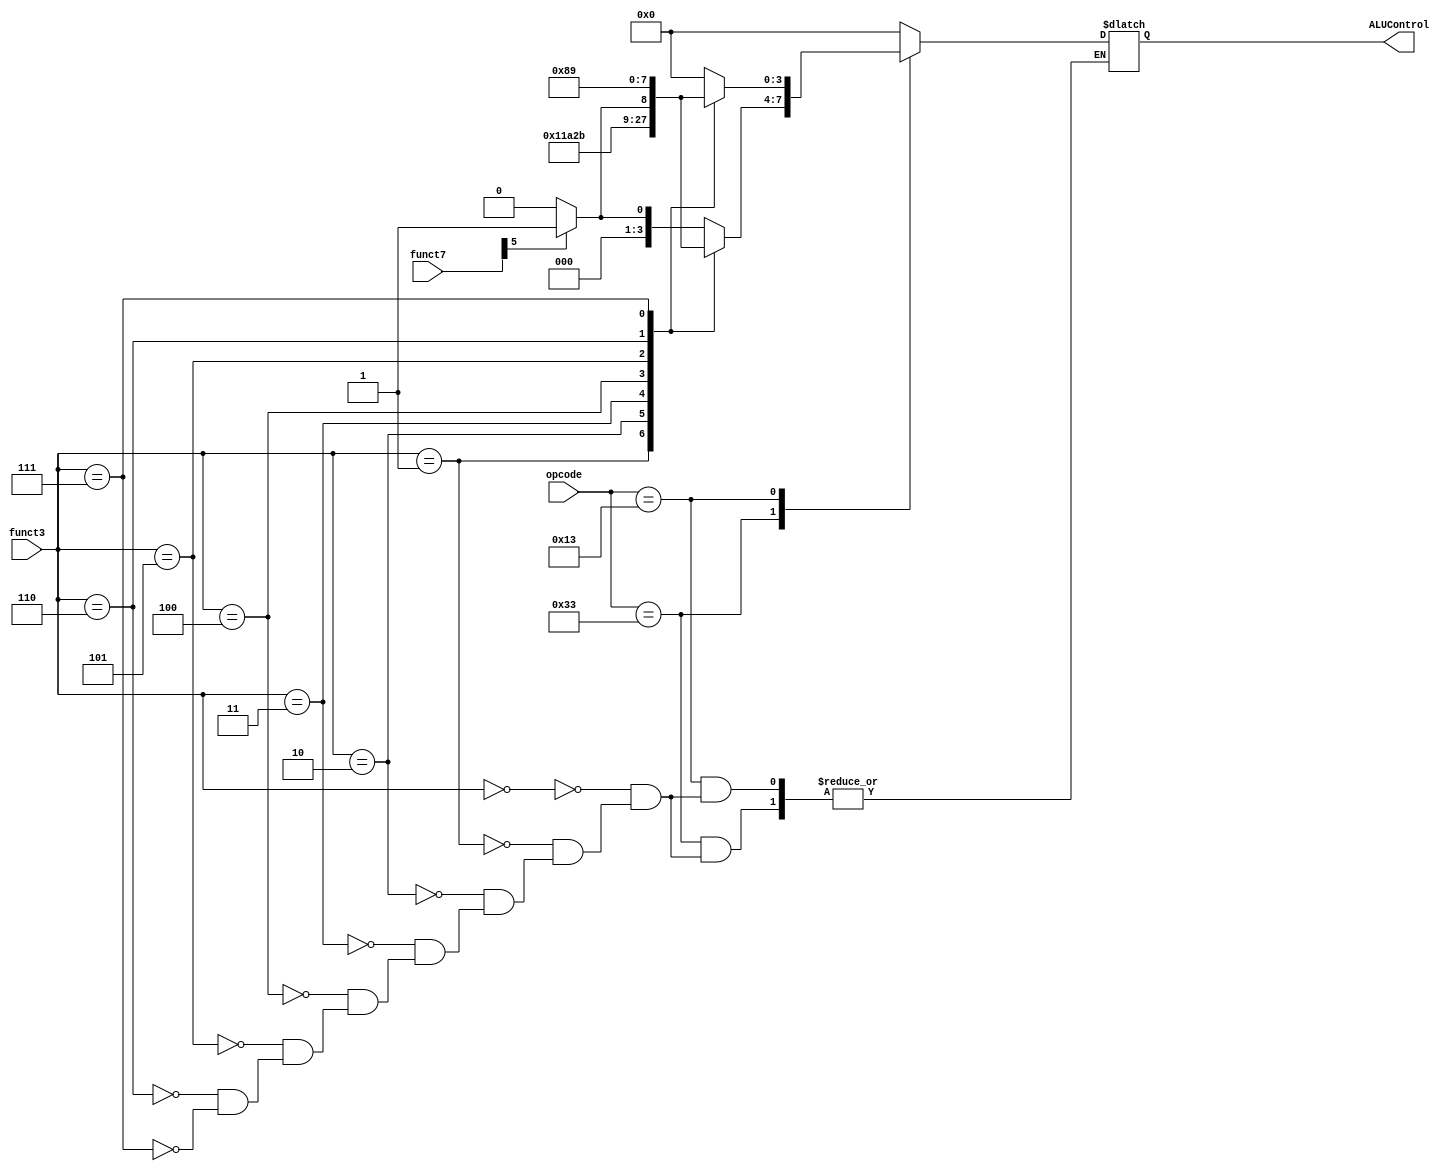
module ALU_Control(
input [6:0] opcode,
input [2:0] funct3,
input [6:0] funct7,
output reg [3:0] ALUControl
);

always@*
begin
	case(opcode)
	7'b0110011: begin  //R-Type
		case(funct3)
			3'b000: begin
				if(funct7[5]==0)
				ALUControl <= 4'b0000; // ADD
				else if(funct7[5]==1)
				ALUControl <= 4'b0001;    // SUB
   				end
                        3'b001: ALUControl <= 4'b0010;    // SLL
                    	3'b010: ALUControl <= 4'b0011;   // SLT
                    	3'b011: ALUControl <= 4'b0100;   // SLTU
                    	3'b100: ALUControl <= 4'b0101;   // XOR
                    	3'b101: begin
				if(funct7[5]==0)   
				ALUControl <= 4'b0110; // SRL
				else if (funct7[5]==1)
				ALUControl <= 4'b0111; //SRA
				end
                    	3'b110: ALUControl <= 4'b1000;   // OR
                    	3'b111: ALUControl <= 4'b1001;   // AND
		endcase
		end 
	
	7'b0010011 : begin //I-Type Basic
		case(funct3)
			3'b000: ALUControl <= 4'b0000;   // ADD
                    	3'b001: ALUControl <= 4'b0010;   // SLLi
                    	3'b010: ALUControl <= 4'b0011;   // SLTi
                    	3'b011: ALUControl <= 4'b0100;   // SLTUi
                    	3'b100: ALUControl <= 4'b0101;   // XORi
                    	3'b101: begin
				if(funct7[5]==0)   
				ALUControl <= 4'b0110; // SRLi
				else if (funct7[5]==1)
				ALUControl <= 4'b0111; // SRAi
				end
                    	3'b110: ALUControl <= 4'b1000;   // ORi
                    	3'b111: ALUControl <= 4'b1001;   // ANDi
		endcase
		end 
	7'b0000011 : begin //I-Type Load 
		case(funct3)
			3'b000: ALUControl <= 4'b0000; //Add Immediate
			default : ALUControl <= 4'b0000;
		endcase
		end
	
	7'b1100011 : begin //SB-Type Load 
		case(funct3)
			3'b000: begin 
			ALUControl <= 4'b0000; //Add Immediate
			end
			default : ALUControl <= 4'b0000;
		endcase
		end
	7'b1100111:begin   //<
		ALUControl <= 4'b0000; 
		end
	default: ALUControl <= 4'b0000; 
	endcase
end

endmodule